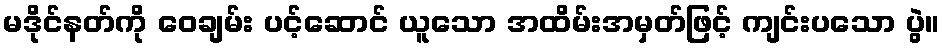
မဒိုင်နတ်ကို ဝေချမ်း ပင့်ဆောင် ယူသော အထိမ်းအမှတ်ဖြင့် ကျင်းပသော ပွဲ။